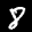
Label: 8